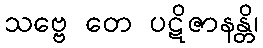
သဗ္ဗေ တေ ပဋိဇာနန္တိ၊